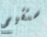
ستقيم